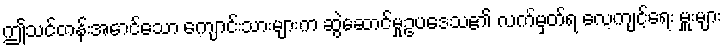
ဤသင်တန်းအောင်သော ကျောင်းသားများက ဆွဲဆောင်မှုဥပဒေသ၏ လက်မှတ်ရ လေ့ကျင့်ရေး မှူးများ